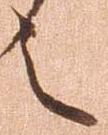
之